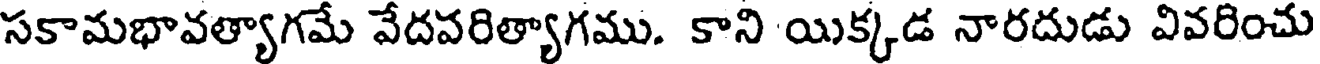
సకామభావత్యాగమే వేదవరిత్యాగము. కాని యిక్కడ నారదుడు వివరించు